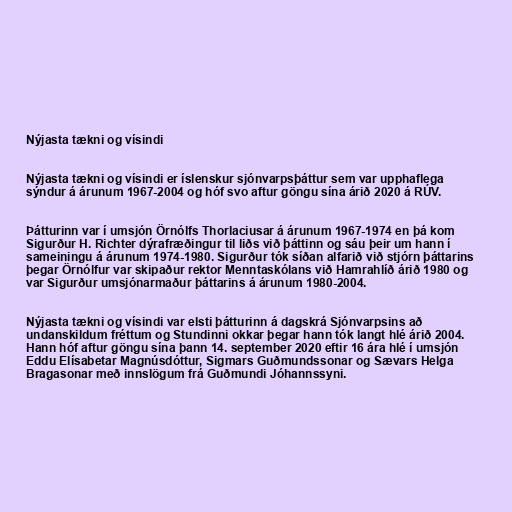
Nýjasta tækni og vísindi

Nýjasta tækni og vísindi er íslenskur sjónvarpsþáttur sem var upphaflega
sýndur á árunum 1967-2004 og hóf svo aftur göngu sína árið 2020 á RÚV.

Þátturinn var í umsjón Örnólfs Thorlaciusar á árunum 1967-1974 en þá kom
Sigurður H. Richter dýrafræðingur til liðs við þáttinn og sáu þeir um hann í
sameiningu á árunum 1974-1980. Sigurður tók síðan alfarið við stjórn þáttarins
þegar Örnólfur var skipaður rektor Menntaskólans við Hamrahlíð árið 1980 og
var Sigurður umsjónarmaður þáttarins á árunum 1980-2004.

Nýjasta tækni og vísindi var elsti þátturinn á dagskrá Sjónvarpsins að
undanskildum fréttum og Stundinni okkar þegar hann tók langt hlé árið 2004.
Hann hóf aftur göngu sína þann 14. september 2020 eftir 16 ára hlé í umsjón
Eddu Elísabetar Magnúsdóttur, Sigmars Guðmundssonar og Sævars Helga
Bragasonar með innslögum frá Guðmundi Jóhannssyni.